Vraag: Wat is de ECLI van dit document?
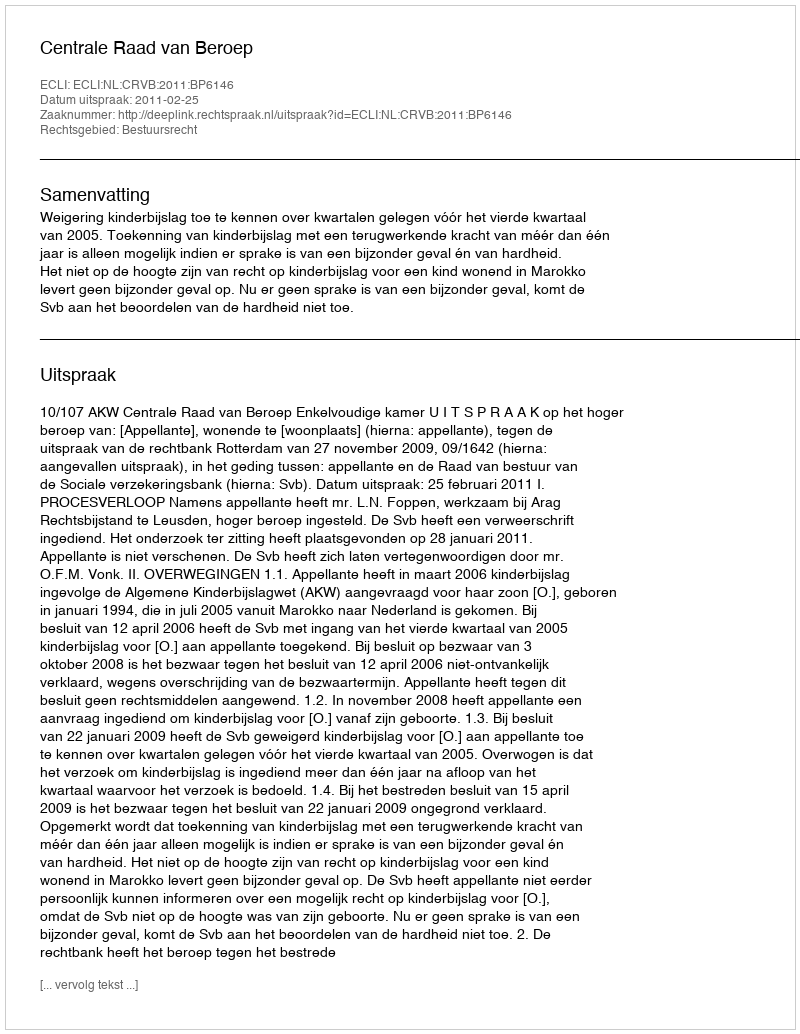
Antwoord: ECLI:NL:CRVB:2011:BP6146